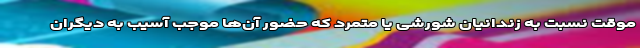
موقت نسبت به زندانیان شورشی یا متمرد که حضور آن‌ها موجب آسیب به دیگران